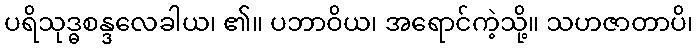
ပရိသုဒ္ဓစန္ဒလေခါယ၊ ၏။ ပဘာဝိယ၊ အရောင်ကဲ့သို့။ သဟဇာတာပိ၊